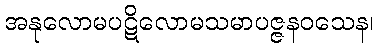
အနုလောမပဋိလောမသမာပဇ္ဇနဝသေန၊